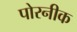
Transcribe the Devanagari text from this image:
पोरनीक